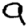
Digit: 9